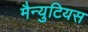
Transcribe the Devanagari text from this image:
मैन्युटियस